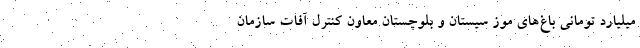
میلیارد تومانی باغ‌های موز سیستان و بلوچستان معاون کنترل آفات سازمان